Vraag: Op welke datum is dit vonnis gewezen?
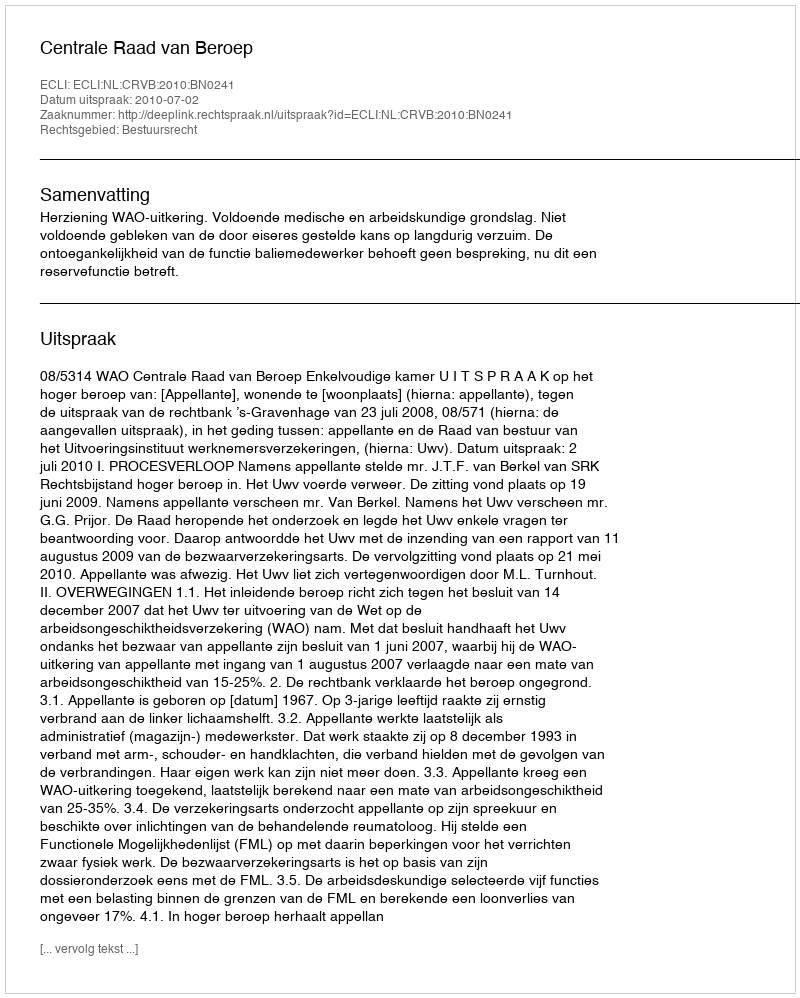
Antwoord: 2010-07-02